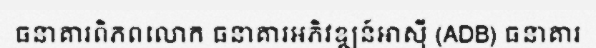
ធនាគារពិភពលោក ធនាគារអភិវឌ្ឍន៍អាស៊ី (ADB) ធនាគារ